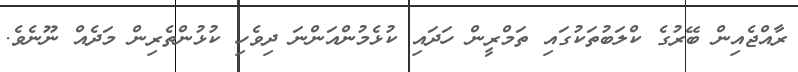
ރާއްޖެއިން ބޭރުގެ ކްލަބުތަކުގައި ތަމްރީން ހަދައި ކުޅެމުންއަންނަ ދިވެހި ކުޅުންތެރިން މަދެއް ނޫނެވެ.